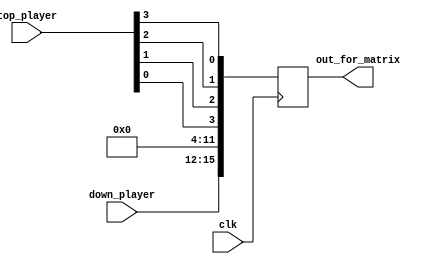
module player_converter(
    out_for_matrix,
	top_player,
    down_player,
	clk
);

parameter ROW = 4;
parameter COL = 4;

input clk;
input[COL-1:0] top_player, down_player;
output[COL*ROW-1:0] out_for_matrix;
reg[COL*ROW-1:0] out_for_matrix;

integer i;

always @ (posedge clk)
begin
	// fix bug missing source
	out_for_matrix = 16'h0000;

	// top_player
	for (i = 0; i < COL; i = i + 1) begin
		out_for_matrix[i] = top_player[COL - i - 1];
	end

	// down_player
	out_for_matrix[ROW*COL-1:ROW*COL-4] = down_player;
end
endmodule // down_player_converter